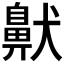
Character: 𫜤